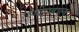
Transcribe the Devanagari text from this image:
राणीमहाल